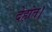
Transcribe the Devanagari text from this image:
देहांत।